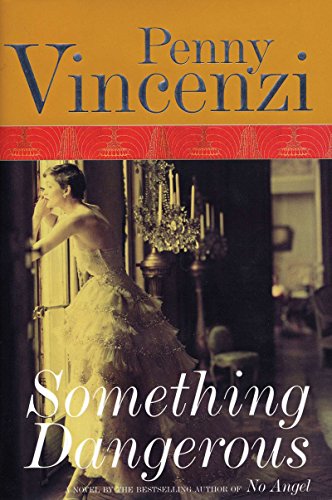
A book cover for Something Dangerous; Penny Vincenzi; Literature & Fiction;